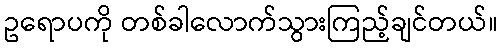
ဥရောပကို တစ်ခါလောက်သွားကြည့်ချင်တယ်။